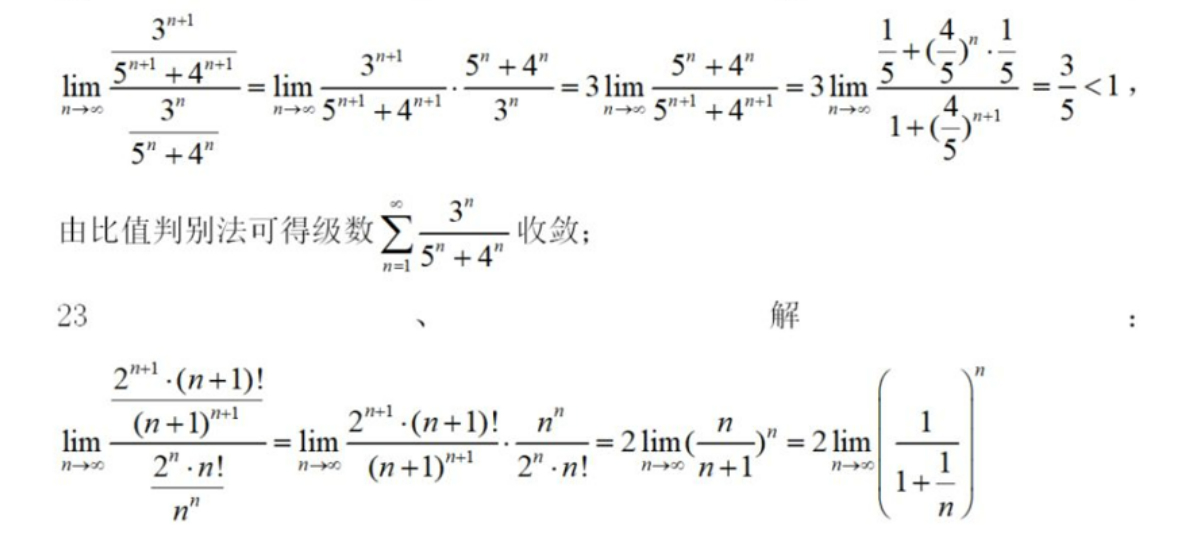
\[
\begin{align*}
\lim_{n \to \infty} \frac{\frac{3^{n + 1}}{5^{n+1}+4^{n+1}}}{\frac{3^{n}}{5^{n}+4^{n}}}&=\lim_{n \to \infty} \frac{3^{n + 1}}{5^{n+1}+4^{n+1}} \cdot \frac{5^{n}+4^{n}}{3^{n}} = 3\lim_{n \to \infty} \frac{5^{n}+4^{n}}{5^{n+1}+4^{n+1}} = 3\lim_{n \to \infty} \frac{\frac{1}{5}+(\frac{4}{5})^{n} \cdot \frac{1}{5}}{1+(\frac{4}{5})^{n+1}}=\frac{3}{5}<1,
\end{align*}
\]
由比值判别法可得级数\(\sum_{n = 1}^{\infty} \frac{3^{n}}{5^{n}+4^{n}}\)收敛；

23、解：
\[
\begin{align*}
\lim_{n \to \infty} \frac{\frac{2^{n+1} \cdot (n + 1)!}{(n + 1)^{n+1}}}{\frac{2^{n} \cdot n!}{n^{n}}}&=\lim_{n \to \infty} \frac{2^{n+1} \cdot (n + 1)!}{(n + 1)^{n+1}} \cdot \frac{n^{n}}{2^{n} \cdot n!}=2\lim_{n \to \infty} (\frac{n}{n + 1})^{n}=2\lim_{n \to \infty} \left(\frac{1}{1+\frac{1}{n}}\right)^{n}
\end{align*}
\]